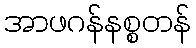
အာဖဂန်နစ္စတန်